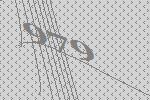
979